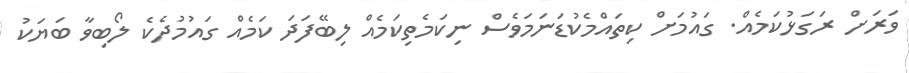
ވަރަށް ރަގަޅުކަމެއް. ގައުމަށް ކިތައްމެކުޑަނަމަވެސް ނިކަމެތިކަމެއް ލިބޭފަދަ ކަމެއް ގައުމުދެކެ ލޯބިވާ ބަޔަކު